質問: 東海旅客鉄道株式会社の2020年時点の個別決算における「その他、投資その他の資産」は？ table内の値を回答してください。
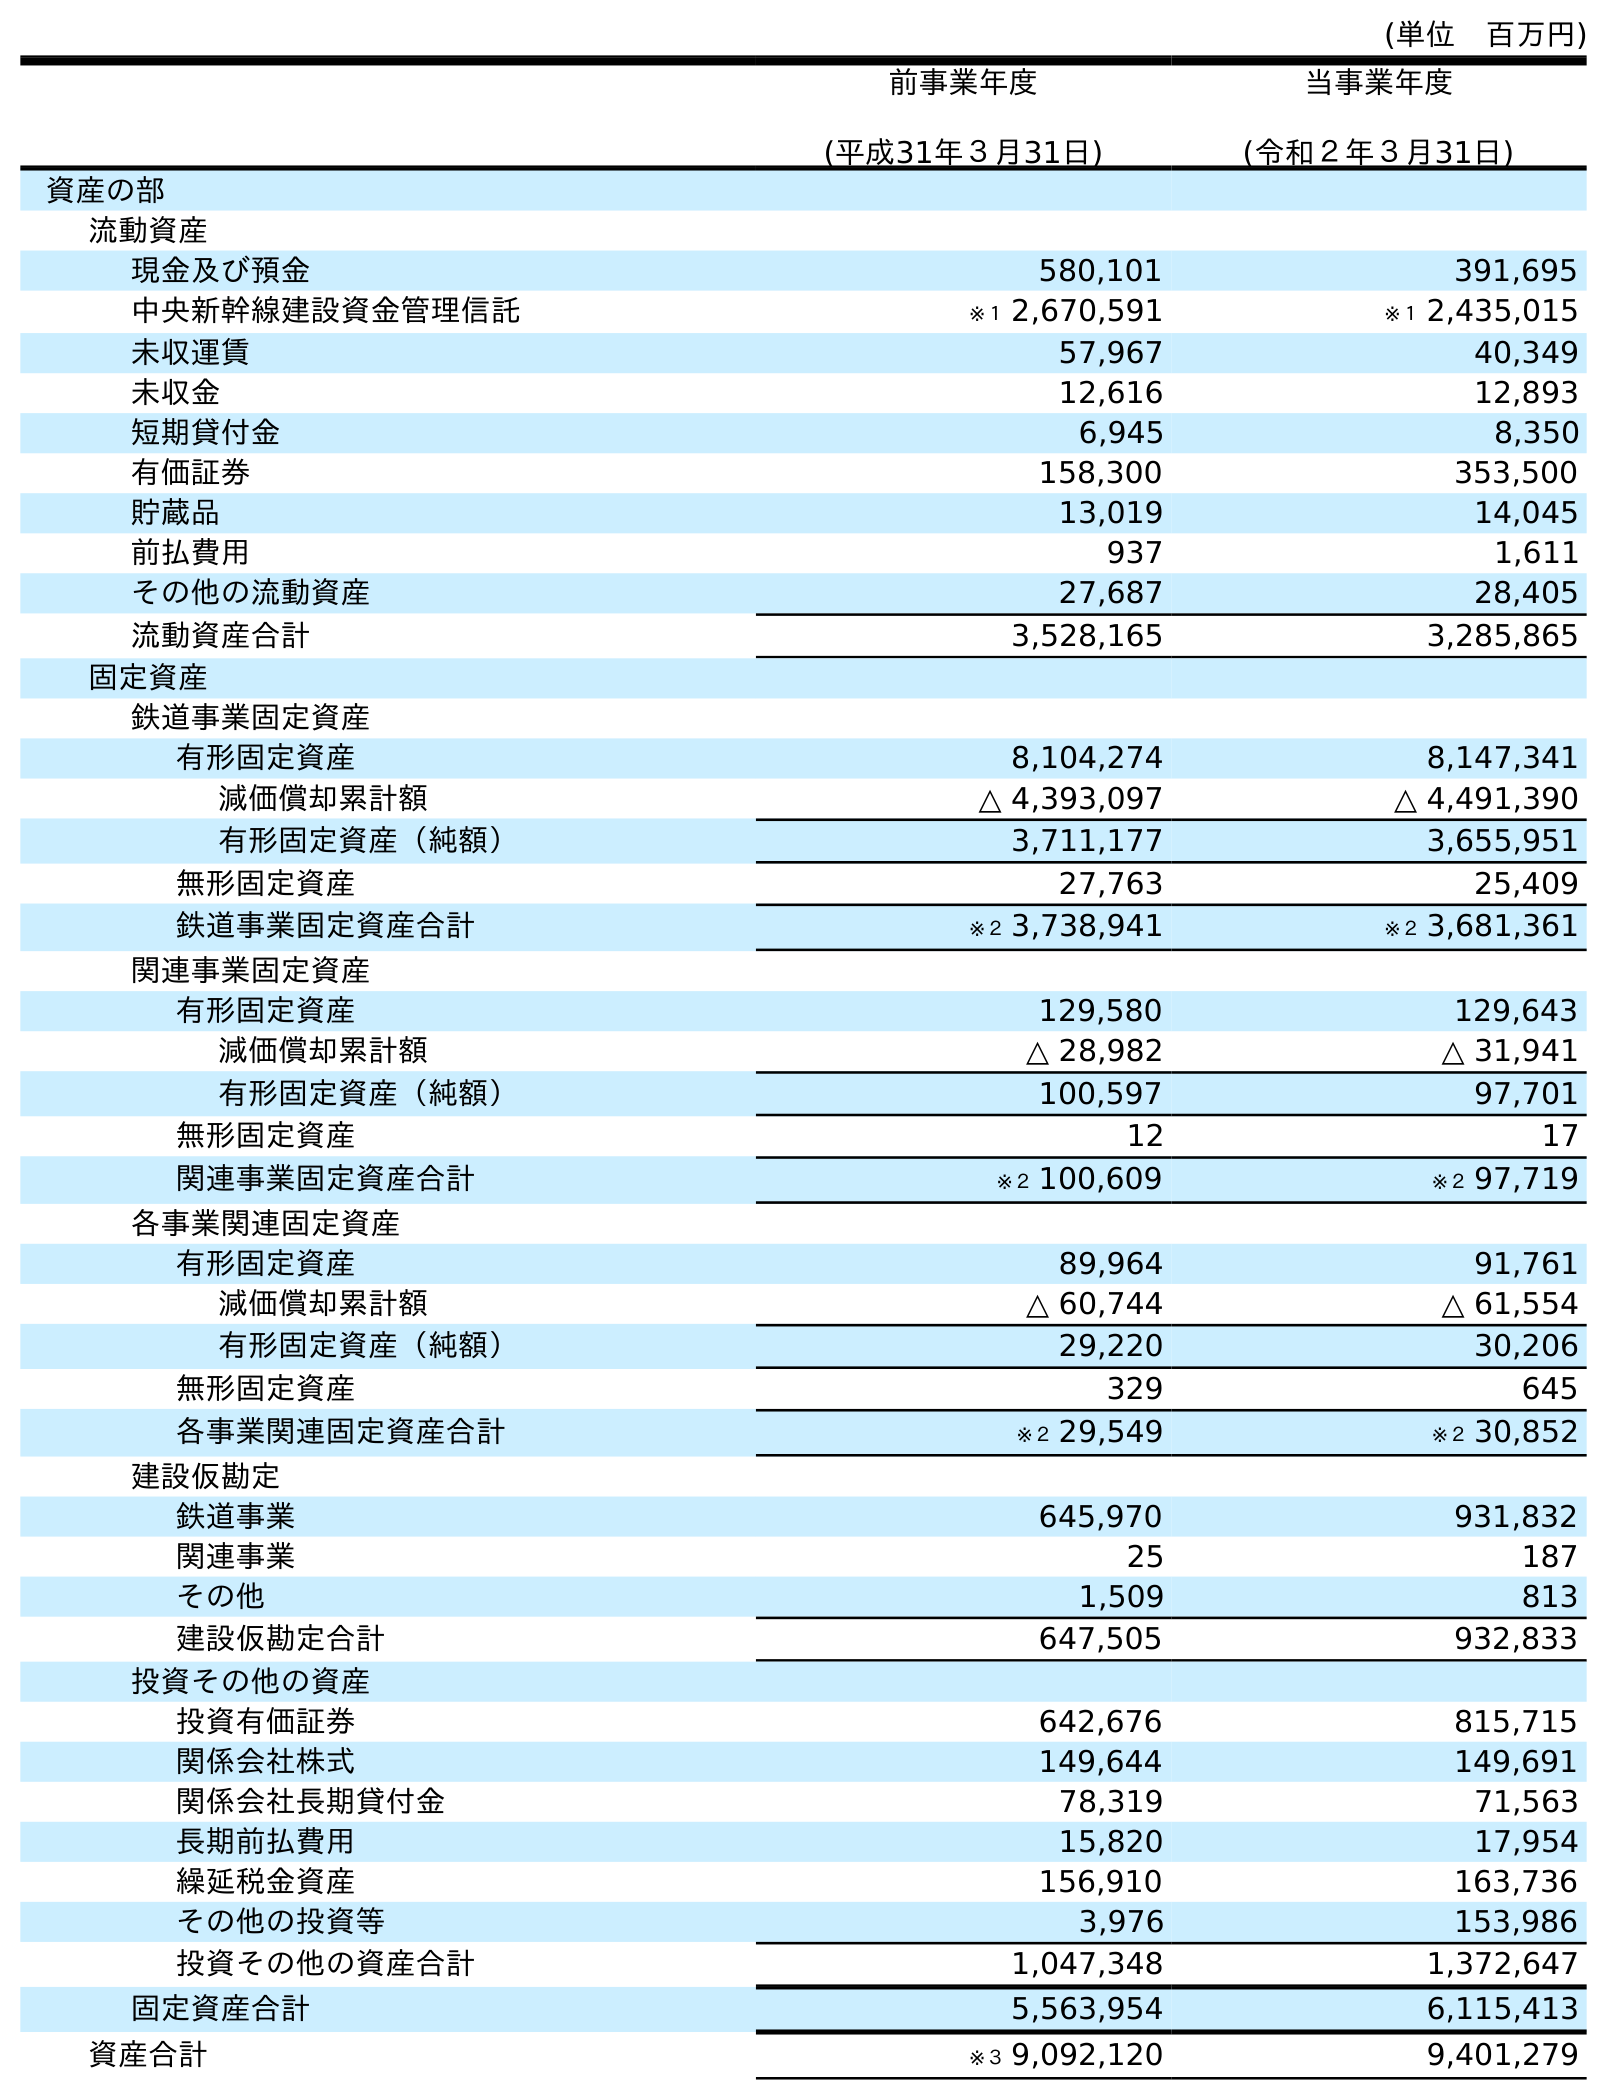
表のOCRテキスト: (単位 百万円) 前事業年度 (平成31年３月31日) 当事業年度 (令和２年３月31日) 資産の部 流動資産 現金及び預金 580,101 391,695 中央新幹線建設資金管理信託 ※１ 2,670,591 ※１ 2,435,015 未収運賃 57,967 40,349 未収金 12,616 12,893 短期貸付金 6,945 8,350 有価証券 158,300 353,500 貯蔵品 13,019 14,045 前払費用 937 1,611 その他の流動資産 27,687 28,405 流動資産合計 3,528,165 3,285,865 固定資産 鉄道事業固定資産 有形固定資産 8,104,274 8,147,341 減価償却累計額 △ 4,393,097 △ 4,491,390 有形固定資産（純額） 3,711,177 3,655,951 無形固定資産 27,763 25,409 鉄道事業固定資産合計 ※２ 3,738,941 ※２ 3,681,361 関連事業固定資産 有形固定資産 129,580 129,643 減価償却累計額 △ 28,982 △ 31,941 有形固定資産（純額） 100,597 97,701 無形固定資産 12 17 関連事業固定資産合計 ※２ 100,609 ※２ 97,719 各事業関連固定資産 有形固定資産 89,964 91,761 減価償却累計額 △ 60,744 △ 61,554 有形固定資産（純額） 29,220 30,206 無形固定資産 329 645 各事業関連固定資産合計 ※２ 29,549 ※２ 30,852 建設仮勘定 鉄道事業 645,970 931,832 関連事業 25 187 その他 1,509 813 建設仮勘定合計 647,505 932,833 投資その他の資産 投資有価証券 642,676 815,715 関係会社株式 149,644 149,691 関係会社長期貸付金 78,319 71,563 長期前払費用 15,820 17,954 繰延税金資産 156,910 163,736 その他の投資等 3,976 153,986 投資その他の資産合計 1,047,348 1,372,647 固定資産合計 5,563,954 6,115,413 資産合計 ※３ 9,092,120 9,401,279
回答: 153,986